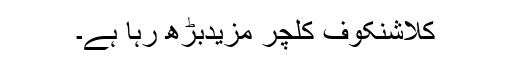
کلاشنکوف کلچر مزیدبڑھ رہا ہے۔